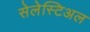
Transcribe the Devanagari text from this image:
सेलेस्टिअल